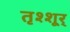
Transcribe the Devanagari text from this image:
तृश्शूर्